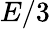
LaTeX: E/3